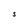
Character: S